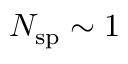
N _ { \mathrm { s p } } \sim 1